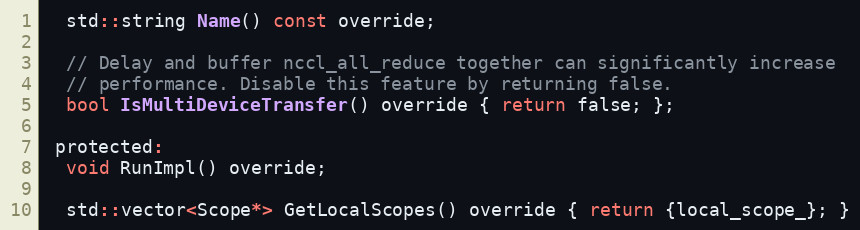
Language: C
  std::string Name() const override;

  // Delay and buffer nccl_all_reduce together can significantly increase
  // performance. Disable this feature by returning false.
  bool IsMultiDeviceTransfer() override { return false; };

 protected:
  void RunImpl() override;

  std::vector<Scope*> GetLocalScopes() override { return {local_scope_}; }